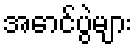
အောင်ပွဲများ